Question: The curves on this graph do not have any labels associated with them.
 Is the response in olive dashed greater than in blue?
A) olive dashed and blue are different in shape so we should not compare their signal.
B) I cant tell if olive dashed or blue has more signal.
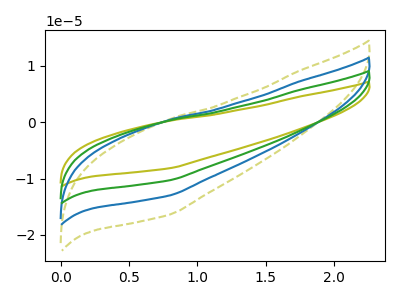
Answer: <think>The olive curve "olive" has no peaks. The olive dashed curve "olive dashed" has no peaks. The blue curve "blue" has no peaks. The green curve "green" has no peaks.
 Neither "olive dashed" or "blue" have any peaks.</think>
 <answer>B) I cant tell if "olive dashed" or "blue" has more signal.</answer>
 <eval>B</eval>